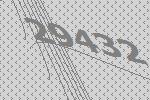
29432